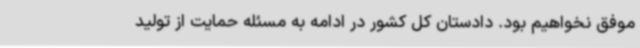
موفق نخواهیم بود. دادستان کل کشور در ادامه به مسئله حمایت از تولید